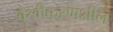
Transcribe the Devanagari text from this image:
वैश्वीकरणशील